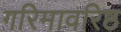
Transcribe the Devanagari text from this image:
गरिमावरिष्ठ